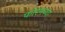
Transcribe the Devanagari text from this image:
फोरमच्या